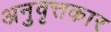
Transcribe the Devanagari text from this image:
अनुवृत्तकार